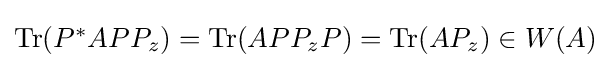
{\textstyle \operatorname {Tr} (P^{*}APP_{z})=\operatorname {Tr} (APP_{z}P)=\operatorname {Tr} (AP_{z})\in W(A)}